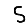
Digit: 5